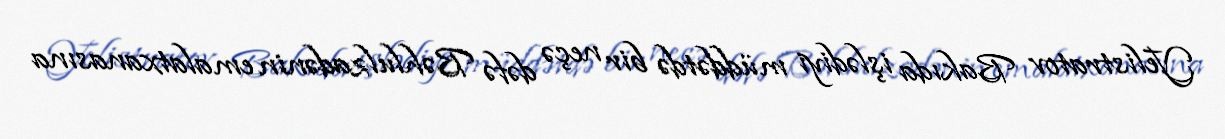
Yelistratov Bakıda işlədiyi müddətdə bir neçə dəfə Bəhlulzadənin emalatxanasına